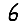
Digit: 6